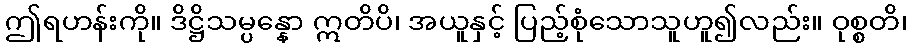
ဤရဟန်းကို။ ဒိဋ္ဌိသမ္ပန္နော ဣတိပိ၊ အယူနှင့် ပြည့်စုံသောသူဟူ၍လည်း။ ဝုစ္စတိ၊